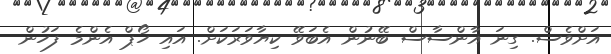
އަށްވެސް. ގިނަ އާންސާސް ބޭނުން އެބަވޭ ކިޔާވަރަކަށް. އައި ހޯޕް އެންމެ ފަހުން